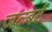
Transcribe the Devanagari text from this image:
जल्बर्ट